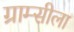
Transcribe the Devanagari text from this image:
ग्राम्सीला